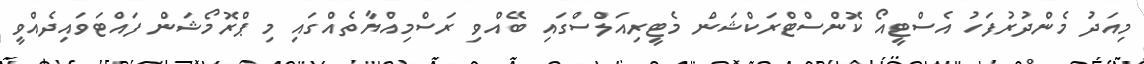
މިއަދު މެންދުރުފަހު އެސްޓީއޯ ކޮންސްޓްރަކްޝަން މެޓީރިއަލްސްގައި ބޭއްވި ރަސްމިއްޔާތެއްގައި މި ޕްރޮމޯޝަން ފައްޓަވައިދެއްވީ